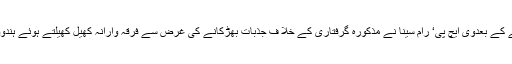
سر ی رام کے کٹ آوٹ پر گندگی پھینکے جانے کا واقعہ پیش آنے کے بعدوی ایچ پی‘ رام سینا نے مذکورہ گرفتاری کے خلا ف جذبات بھڑکانے کی غرض سے فرقہ وارانہ کھیل کھیلتے ہوئے ہندوؤں کے جذبات کو ٹھیس پہنچنے کامسلمانو ں کو ذمہ دار ٹھرایاتھا۔